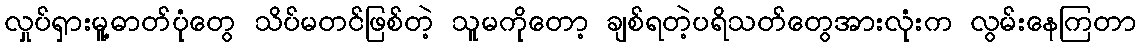
လှုပ်ရှားမူ့ဓာတ်ပုံတွေ သိပ်မတင်ဖြစ်တဲ့ သူမကိုတော့ ချစ်ရတဲ့ပရိသတ်တွေအားလုံးက လွမ်းနေကြတာ